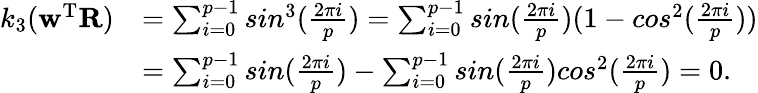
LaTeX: \begin{array}{rl}{k_{3}(\mathbf w^{\mathrm T}\mathbf{R})}&{=\sum_{i=0}^{p-1}sin^{3}(\frac{2\pi i}{p})=\sum_{i=0}^{p-1}sin(\frac{2\pi i}{p})(1-cos^{2}(\frac{2\pi i}{p}))}\\ &{=\sum_{i=0}^{p-1}sin(\frac{2\pi i}{p})-\sum_{i=0}^{p-1}sin(\frac{2\pi i}{p})cos^{2}(\frac{2\pi i}{p})=0.}\end{array}